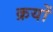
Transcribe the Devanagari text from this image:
क्रयों